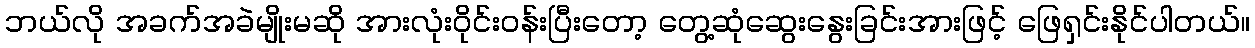
ဘယ်လို အခက်အခဲမျိုးမဆို အားလုံးဝိုင်းဝန်းပြီးတော့ တွေ့ဆုံဆွေးနွေးခြင်းအားဖြင့် ဖြေရှင်းနိုင်ပါတယ်။